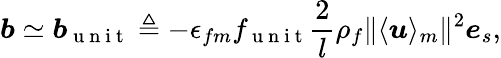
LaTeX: \boldsymbol{b}\simeq\boldsymbol{b}_{\mathrm{~u~n~i~t~}}\triangleq-\epsilon_{fm}f_{\mathrm{~u~n~i~t~}}\frac{2}{l}\rho_{f}\Vert\langle\boldsymbol{u}\rangle_{m}\Vert^{2}\boldsymbol{e}_{s},